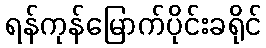
ရန်ကုန်မြောက်ပိုင်းခရိုင်